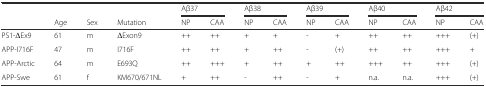
<table><thead><tr><td></td><td></td><td></td><td></td><td colspan="2"><b>Aβ37</b></td><td colspan="2"><b>Aβ38</b></td><td colspan="2"><b>Aβ39</b></td><td colspan="2"><b>Aβ40</b></td><td colspan="2"><b>Aβ42</b></td></tr><tr><td></td><td><b>Age</b></td><td><b>Sex</b></td><td><b>Mutation</b></td><td><b>NP</b></td><td><b>CAA</b></td><td><b>NP</b></td><td><b>CAA</b></td><td><b>NP</b></td><td><b>CAA</b></td><td><b>NP</b></td><td><b>CAA</b></td><td><b>NP</b></td><td><b>CAA</b></td></tr></thead><tbody><tr><td>PS1-ΔEx9</td><td>61</td><td>m</td><td>ΔExon9</td><td>++</td><td>++</td><td>+</td><td>+</td><td>-</td><td>+</td><td>++</td><td>++</td><td>+++</td><td>(+)</td></tr><tr><td>APP-I716F</td><td>47</td><td>m</td><td>I716F</td><td>++</td><td>++</td><td>+</td><td>++</td><td>-</td><td>(+)</td><td>++</td><td>++</td><td>+++</td><td>+</td></tr><tr><td>APP-Arctic</td><td>64</td><td>m</td><td>E693Q</td><td>++</td><td>+++</td><td>+</td><td>++</td><td>+</td><td>++</td><td>+++</td><td>++</td><td>+++</td><td>(+)</td></tr><tr><td>APP-Swe</td><td>61</td><td>f</td><td>KM670/671NL</td><td>+</td><td>++</td><td>-</td><td>++</td><td>-</td><td>+</td><td>n.a.</td><td>n.a.</td><td>+++</td><td>(+)</td></tr></tbody></table>